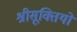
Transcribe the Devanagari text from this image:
श्रीसूक्तियों